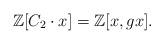
LaTeX: \begin{align*}\mathbb Z[C_{2}\cdot x]=\mathbb Z[x,gx].\end{align*}